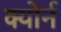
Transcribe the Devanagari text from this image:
क्योर्न